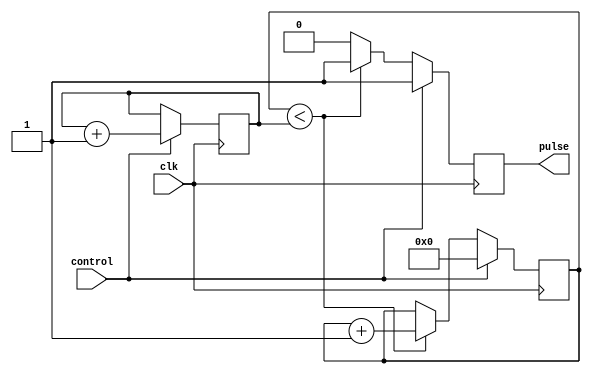
module Variable_Pulse_Width_Generator(
    input wire clk,
    input wire control,
    output reg pulse
);

reg [7:0] counter;
reg [7:0] pulse_width;

always @(posedge clk) begin
    if (control) begin
        pulse <= 1'b1;
        counter <= 8'b0;
        pulse_width <= pulse_width + 1;
    end else begin
        if (counter < pulse_width) begin
            pulse <= 1'b1;
            counter <= counter + 1;
        end else begin
            pulse <= 1'b0;
        end
    end
end

endmodule